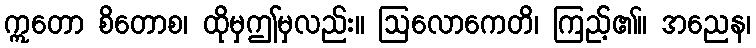
ဣတော စိတောစ၊ ထိုမှဤမှလည်း။ ဩလောကေတိ၊ ကြည့်၏။ အညေန၊